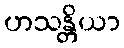
ဟသန္တိယာ